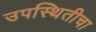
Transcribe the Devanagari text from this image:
उपस्थितीचा